Reports on dispensaries and lunatic asylums in the Province of Oudh - 1869-1876
Year: 1869
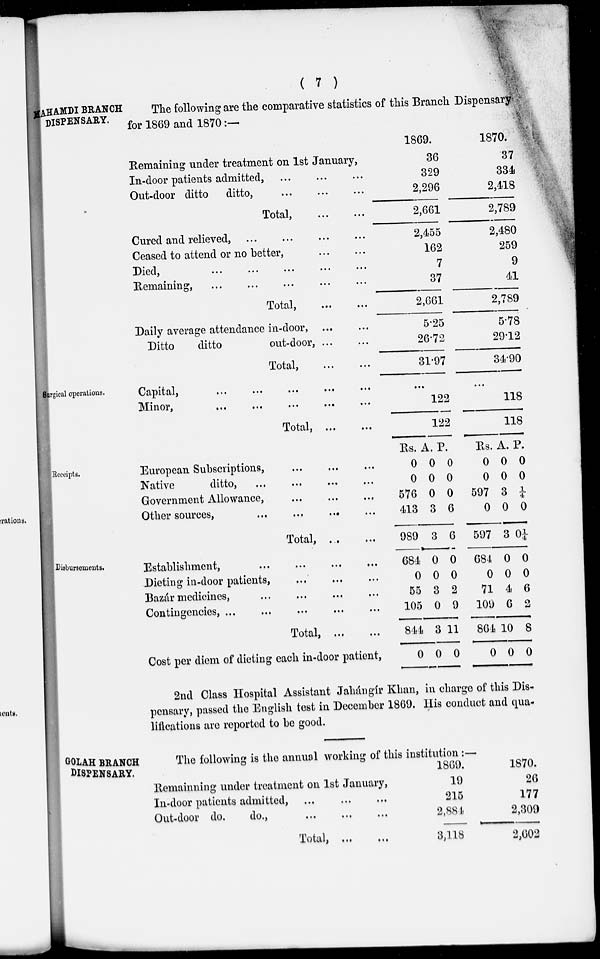
( 7 )
AHAMDI BRANCH
DISPENSARY.
The following are the comparative statistics of this Branch Dispensary
for 1869 and 1870:—
Remaining under treatment on 1st January,
In-door patients admitted, ... ... ...
Out-door ditto ditto, ... ... ...
Total, ... ...
Cured and relieved, ... ... ... ...
Ceased to attend or no better, ... ...
Died,
...
...
...
...
...
Remaining, ... ... ... ... ...
Total,
...
...
Daily average attendance in-door, ... ...
Ditto
ditto
out-door, ... ...
Total,
...
...
1869.
36
329
2,296
2,661
2,455
162
7
37
2,661
5.25
26.72
31.97
1870.
37
334
2,418
2,789
2,480
259
9
41
2,789
5.78
29.12
34.90
Surgical operations.
Capital,
...
...
...
...
...
Minor,
...
...
...
...
...
Total, ...
...
...
122
122
...
118
118
Receipts.
European Subscriptions, ... ... ...
Native
ditto, ... ... ... ...
Government Allowance, ... ... ...
Other sources,
...
...
...
...
Total
...
...
Rs.
0
0
576
413
989
A.
0
0
0
3
3
P.
0
0
0
6
6
Rs.
0
0
597
0
597
A.
0
0
3
0
3
P.
0
0
¼
0
0¼
Disbursements.
Establishment, ... ... ... ...
Dieting in-door patients, ... ... ...
Bazár medicines, ... ... ... ...
Contingencies
...
...
...
...
...
Total,
...
...
Cost per diem of dieting each in-door patient,
684
0
55
105
844
0
0
0
3
0
3
0
0
0
2
9
11
0
684
0
71
109
864
0
0
0
4
6
10
0
0
0
6
2
8
0
2nd Class Hospital Assistant Jahángír Khan, in charge of this Dis-
pensary, passed the English test in December 1869. His conduct and qua-
lifications are reported to be good.
GOLAH BRANCH
DISPENSARY.
The following is the annual working of this institution :—
Remainning under treatment on 1st January,
In-door patients admitted,
...
...
...
Out-door do.
do.,
...
......
Total,
...
...
1869.
19
215
2,884
3,118
1870.
26
177
2,309
2,602